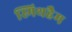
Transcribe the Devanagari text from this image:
स्मिथहैम